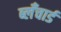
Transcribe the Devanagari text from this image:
ब्लँचार्ड